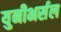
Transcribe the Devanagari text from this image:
युनीभर्सल